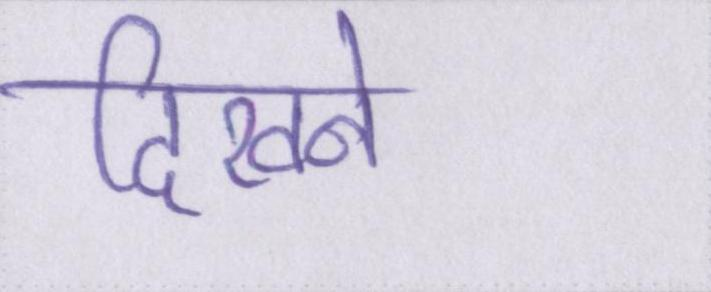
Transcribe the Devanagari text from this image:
दिखने